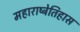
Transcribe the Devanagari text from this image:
महाराष्ट्रेतिहास